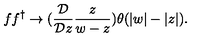
f f ^ { \dagger } \rightarrow ( \frac { { \cal D } } { { \cal D } z } \frac z { w - z } ) \theta ( | w | - | z | ) .